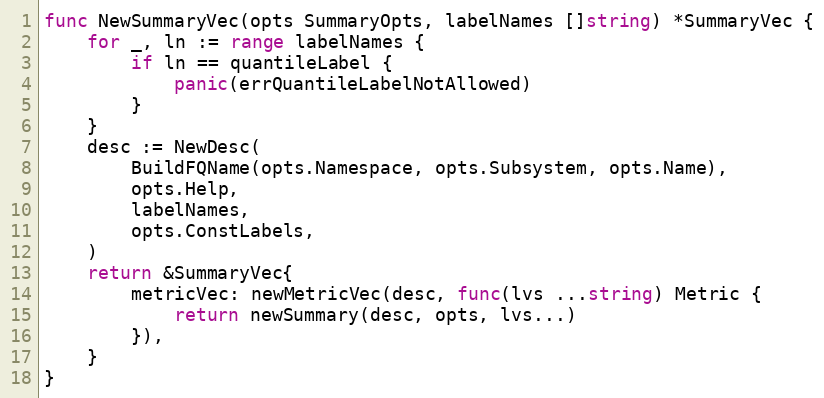
Language: Go
func NewSummaryVec(opts SummaryOpts, labelNames []string) *SummaryVec {
	for _, ln := range labelNames {
		if ln == quantileLabel {
			panic(errQuantileLabelNotAllowed)
		}
	}
	desc := NewDesc(
		BuildFQName(opts.Namespace, opts.Subsystem, opts.Name),
		opts.Help,
		labelNames,
		opts.ConstLabels,
	)
	return &SummaryVec{
		metricVec: newMetricVec(desc, func(lvs ...string) Metric {
			return newSummary(desc, opts, lvs...)
		}),
	}
}